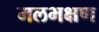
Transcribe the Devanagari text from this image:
मलभक्षण